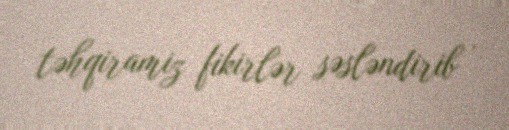
təhqiramiz fikirlər səsləndirib .